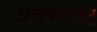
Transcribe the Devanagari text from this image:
अलंकारान्